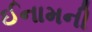
ઈનામની